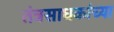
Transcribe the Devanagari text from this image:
तंत्रसाधकांच्या